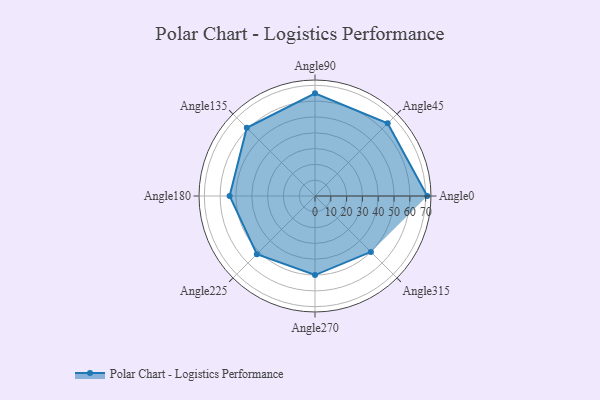
{"axis": {"x": "Angle", "y": "Radius"}, "legend": [""], "data": [{"x": "Angle0", "y": 71.0, "type": ""}, {"x": "Angle45", "y": 65.0, "type": ""}, {"x": "Angle90", "y": 65.0, "type": ""}, {"x": "Angle135", "y": 61.0, "type": ""}, {"x": "Angle180", "y": 54.0, "type": ""}, {"x": "Angle225", "y": 52.0, "type": ""}, {"x": "Angle270", "y": 50, "type": ""}, {"x": "Angle315", "y": 50, "type": ""}]}